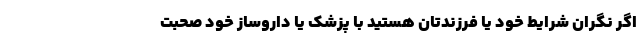
اگر نگران شرایط خود یا فرزندتان هستید با پزشک یا داروساز خود صحبت